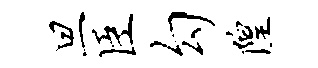
旦臣勾隍